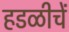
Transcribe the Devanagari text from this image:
हडळीचें